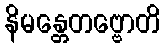
နိမန္တေတဗ္ဗောတိ